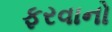
ફરવાનો